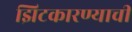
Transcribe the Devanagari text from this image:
झिटकारण्याची